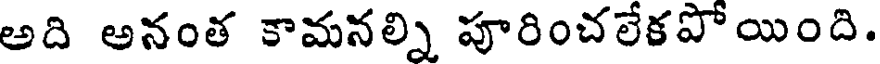
అది అనంత కామనల్ని పూరించలేకపోయింది.